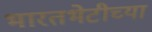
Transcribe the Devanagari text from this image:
भारतभेटीच्या